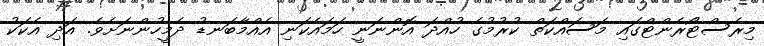
މިރެސްޓޯރެންޓްގައި މަސައްކަތް ކުރުމުގެ ހުއްދަ އޮންނަނީ ހަމައެކަނި އެއްމާބަނޑު ދެމީހުންނަށެވެ. އަދި އެކަކު